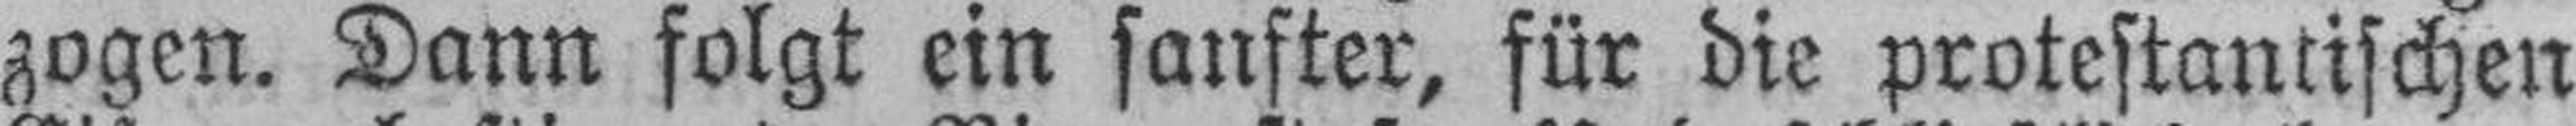
zogen. Dann folgt ein sanfter, für die protestantischen